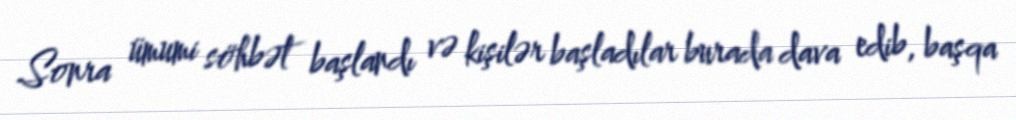
Sonra ümumi söhbət başlandı və kişilər başladılar burada dava edib, başqa